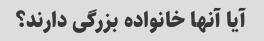
آیا آنها خانواده بزرگی دارند؟